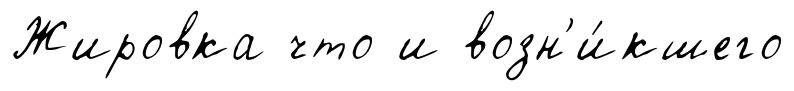
Жировка что и возн'и́кшего